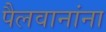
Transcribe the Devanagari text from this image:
पैलवानांना